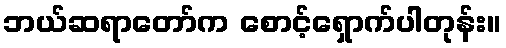
ဘယ်ဆရာတော်က စောင့်ရှောက်ပါတုန်း။